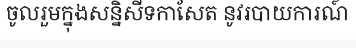
ចូលរួមក្នុងសន្និសីទកាសែត នូវរបាយការណ៍